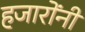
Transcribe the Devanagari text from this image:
हजारोंनी